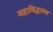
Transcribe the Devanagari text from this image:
महाविद्धलय